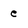
Character: e